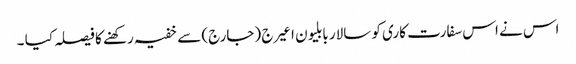
اس نے اس سفارت کاری کو سالار بابلیون اعیرج (جارج) سے خفیہ رکھنے کا فیصلہ کیا ۔